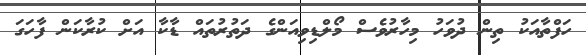
ހަފްތާއަކު ތިން ދުވަހު މިހާރުވެސް މޯލްޑިވިއަންގެ ދަތުރުތައް ޑާކާ އަށް ކުރާކަން ފާހަގަ